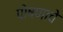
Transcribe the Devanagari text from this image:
पोषणाचे